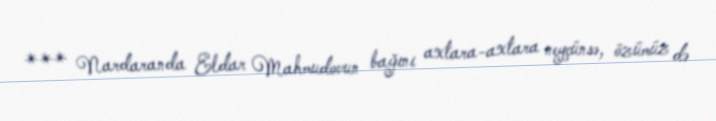
*** Nardaranda Eldar Mahmudovun bağını axtara-axtara neyçünsə, özümüz də